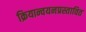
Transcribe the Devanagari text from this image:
क्रियान्वयनप्रस्तावित